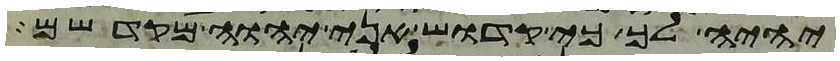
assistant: יהיה לך כי קדוש אני יהוה מקדשם